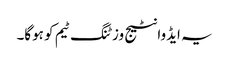
یہ ایڈوانٹیج وزٹنگ ٹیم کو ہوگا۔